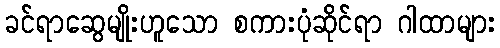
ခင်ရာဆွေမျိုးဟူသော စကားပုံဆိုင်ရာ ဂါထာများ